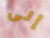
إلى